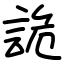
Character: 詭